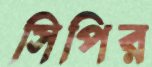
সিপির